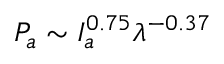
{ P _ { a } } \sim I _ { a } ^ { 0 . 7 5 } { \lambda ^ { - 0 . 3 7 } }